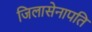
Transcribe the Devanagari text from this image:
जिलासेनापति